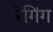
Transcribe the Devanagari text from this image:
रेगिंग